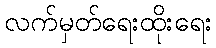
လက်မှတ်ရေးထိုးရေး